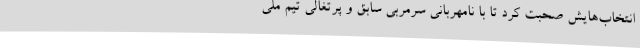
انتخاب‌هایش صحبت کرد تا با نامهربانی سرمربی سابق و پرتغالی تیم ملی